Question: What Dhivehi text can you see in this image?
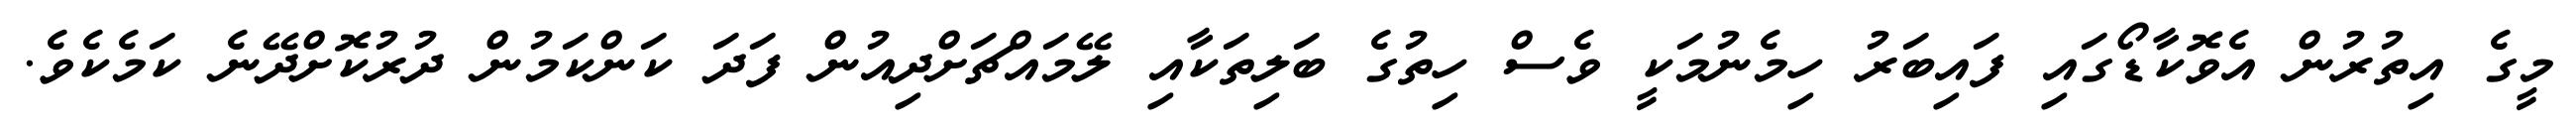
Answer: މީގެ އިތުރުން އެވޮކާޑޯގައި ފައިބަރު ހިމެނުމަކީ ވެސް ހިތުގެ ބަލިތަކާއި ލޭމައްޗަށްދިއުން ފަދަ ކަންކަމުން ދުރުކޮށްދޭނެ ކަމެކެވެ.